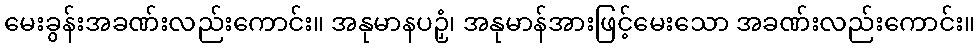
မေးခွန်းအခဏ်းလည်းကောင်း။ အနုမာနပဉှံ၊ အနုမာန်အားဖြင့်မေးသော အခဏ်းလည်းကောင်း။